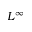
L ^ { \infty }